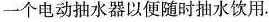
一个电动抽水器以便随时抽水饮用.